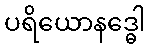
ပရိယောနဒ္ဓေါ